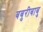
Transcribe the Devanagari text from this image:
बबुरीबाबु